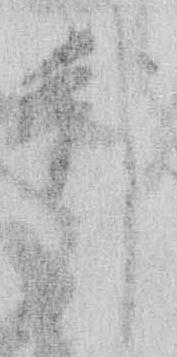
邦